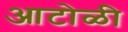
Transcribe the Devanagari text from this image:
आटोळी